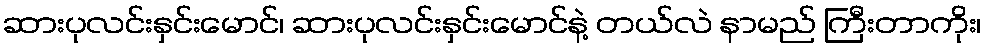
ဆားပုလင်းနှင်းမောင်၊ ဆားပုလင်းနှင်းမောင်နဲ့ တယ်လဲ နာမည် ကြီးတာကိုး၊